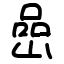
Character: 嵒